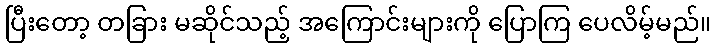
ပြီးတော့ တခြား မဆိုင်သည့် အကြောင်းများကို ပြောကြ ပေလိမ့်မည်။